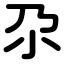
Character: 尕